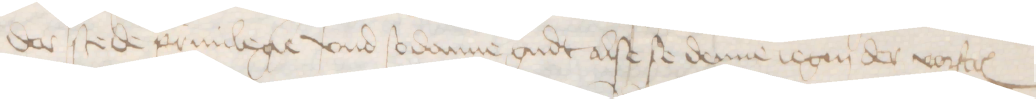
der stede priuilegie vnd sodanne gudt alse se denne iegen der vorstcreuen